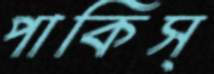
পাকিস্